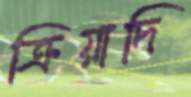
ক্রিয়াদি